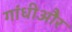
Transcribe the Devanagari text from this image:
गांधीऔर